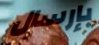
بإرسال